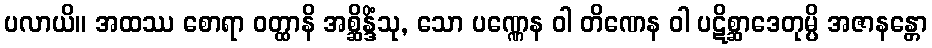
ပလာယိ။ အထဿ စောရာ ဝတ္ထာနိ အစ္ဆိန္ဒိံသု, သော ပဏ္ဏေန ဝါ တိဏေန ဝါ ပဋိစ္ဆာဒေတုမ္ပိ အဇာနန္တော